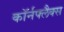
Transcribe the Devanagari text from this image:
कॉर्नफ्लैक्स